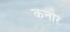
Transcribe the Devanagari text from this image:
कनोर